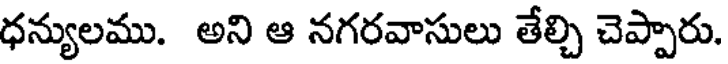
ధన్యులము. అని ఆ నగరవాసులు తేల్చి చెప్పారు.